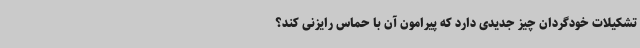
تشکیلات خودگردان چیز جدیدی دارد که پیرامون آن با حماس رایزنی کند؟